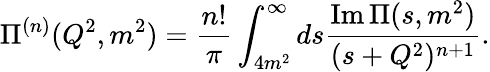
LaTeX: \Pi^{(n)}(Q^{2},m^{2})=\frac{n!}{\pi}\int_{4m^{2}}^{\infty}ds\frac{\mathrm{Im}\, \Pi(s,m^{2})}{(s+Q^{2})^{n+1}}.